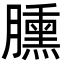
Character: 臐